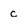
Character: c